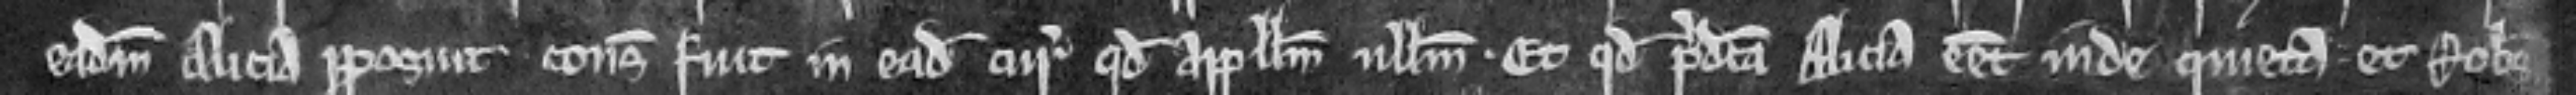
eadem Alicia proposuit consideratum fuit in eadem curia quod appellum nullum. Et quod predicta Alicia esset inde quieta et Robertus